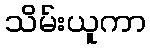
သိမ်းယူကာ